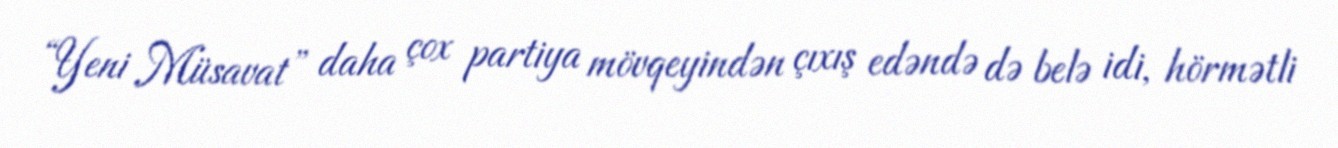
“Yeni Müsavat” daha çox partiya mövqeyindən çıxış edəndə də belə idi, hörmətli